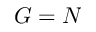
G = N